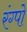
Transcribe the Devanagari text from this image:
रंग्पो